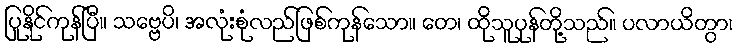
ပြုနိုင်ကုန်ပြီ။ သဗ္ဗေပိ၊ အလုံးစုံလည်ဖြစ်ကုန်သော။ တေ၊ ထိုသူပုန်တို့သည်။ ပလာယိတွာ၊